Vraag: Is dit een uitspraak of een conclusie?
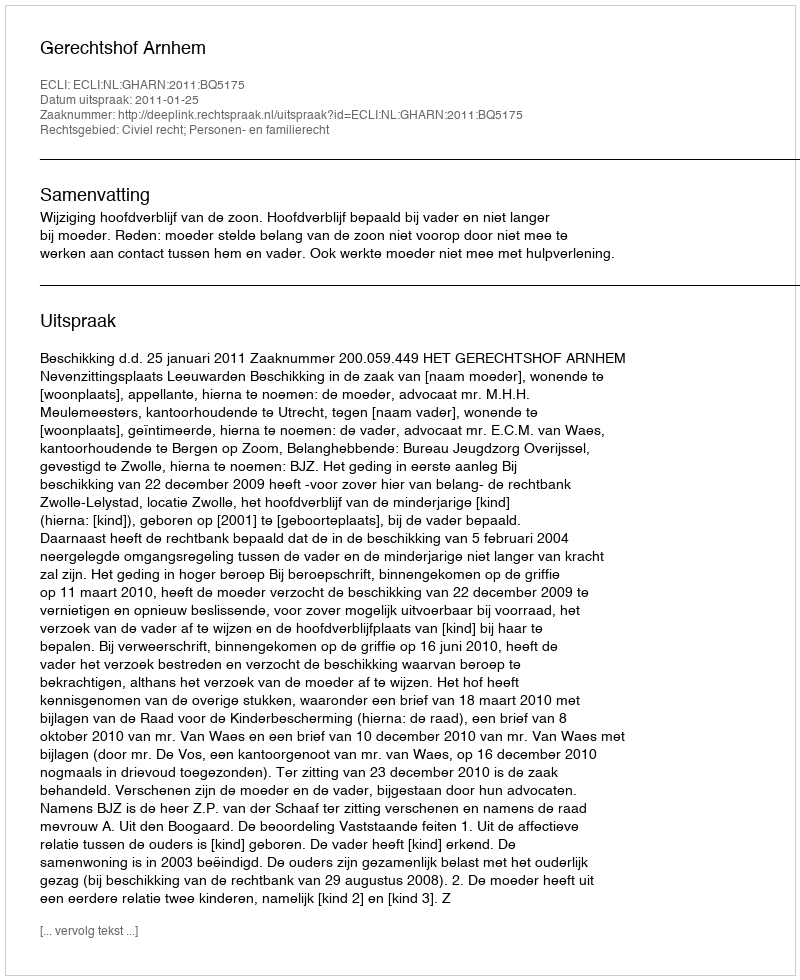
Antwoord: Uitspraak